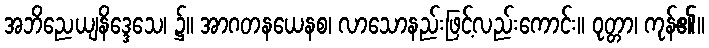
အဘိညေယျနိဒ္ဒေသေ၊ ၌။ အာဂတနယေနစ၊ လာသောနည်းဖြင့်လည်းကောင်း။ ဝုတ္တာ၊ ကုန်၏။